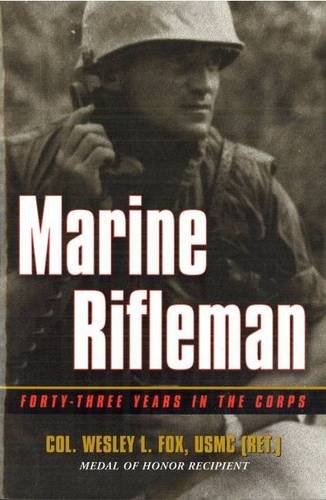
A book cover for Marine Rifleman: Forty-Three Years in the Corps (Memories of War); Wesley Fox; History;